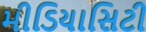
મીડિયાસિટી